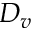
D _ { v }